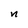
Character: n